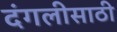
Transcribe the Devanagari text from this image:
दंगलीसाठी